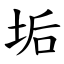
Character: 垢